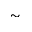
\sim